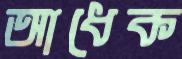
আধেক